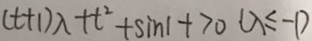
( t + 1 ) \lambda + t ^ { 2 } + \sin 1 + 7 0 ( \lambda \leq - 1 )